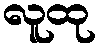
လူထု